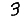
Digit: 3